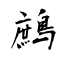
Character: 鷓